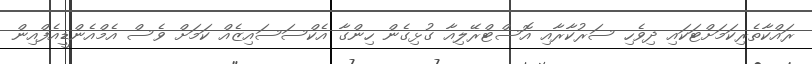
ރައްކާތެރިކަމަށްޓަކައި ދިވެހި ސަރުކާރާއި އޮސްޓްރޭލިއާ ގުޅިގެން ހިންގާ އެކްސަސައިޒެއް ކަމަށް ވެސް އެމްއެންޑީއެފްއިން